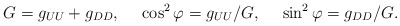
\begin{align*}G=g_{UU}+g_{DD}, \ \ \ \ \cos^2\varphi =g_{UU}/G, \ \ \ \ \sin^2\varphi =g_{DD}/G.\end{align*}